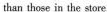
than those in the store.